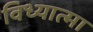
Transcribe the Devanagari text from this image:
विध्यात्मा